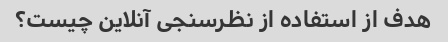
هدف از استفاده از نظرسنجی آنلاین چیست؟